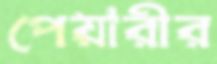
পেয়ারীর